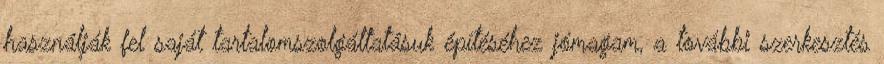
használják fel saját tartalomszolgáltatásuk építéséhez jómagam, a további szerkesztés